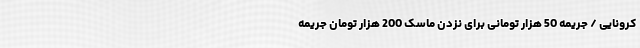
کرونایی / جریمه 50 هزار تومانی برای نزدن ماسک 200 هزار تومان جریمه